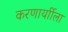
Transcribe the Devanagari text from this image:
करणार्याीला